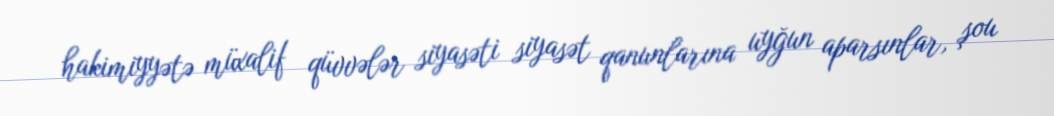
hakimiyyətə müxalif qüvvələr siyasəti siyasət qanunlarına uyğun aparsınlar, şou